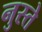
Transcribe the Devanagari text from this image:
नुस्ते